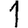
Digit: 1